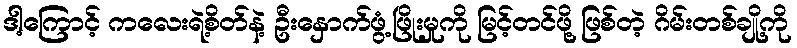
ဒါ့ကြောင့် ကလေးရဲ့စိတ်နဲ့ ဦးနှောက်ဖွံ့ဖြိုးမှုကို မြင့်တင်ဖို့ ဖြစ်တဲ့ ဂိမ်းတစ်ချို့ကို